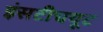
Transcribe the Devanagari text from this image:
इंसटीचयूट